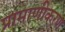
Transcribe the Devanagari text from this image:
प्रामाणीकरण